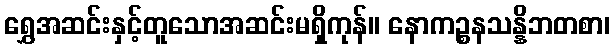
ရွှေအဆင်းနှင့်တူသောအဆင်းမရှိကုန်။ နောကဉ္စနသန္နိဘတစာ၊